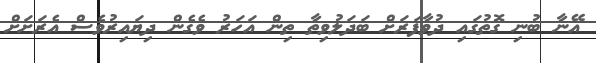
އޭނާ ބުނި ގޮތުގައި ދުވާފަރަށް ބަދަލުވިތާ ތިން އަހަރު ވެގެން ދިޔައިރުވެސް އެރަށަށް